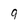
Character: 9